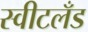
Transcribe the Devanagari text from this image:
स्वीटलँड